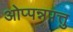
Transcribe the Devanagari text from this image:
ओप्पन्नपत्तु